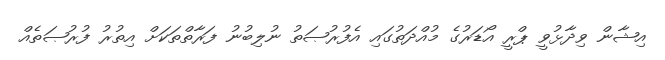
އިޝާން ވިދާޅުވީ ޕްރީ އޯޑަރުގެ މުއްދަތުގައި އެފުރުޞަތު ނުލިބުނު ފަރާތްތަކަށް އިތުރު ފުރުޞަތެއް